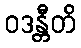
ဝဒန္တီတိ